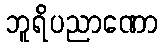
ဘူရိပညာဏော